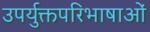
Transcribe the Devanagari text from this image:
उपर्युक्तपरिभाषाओं